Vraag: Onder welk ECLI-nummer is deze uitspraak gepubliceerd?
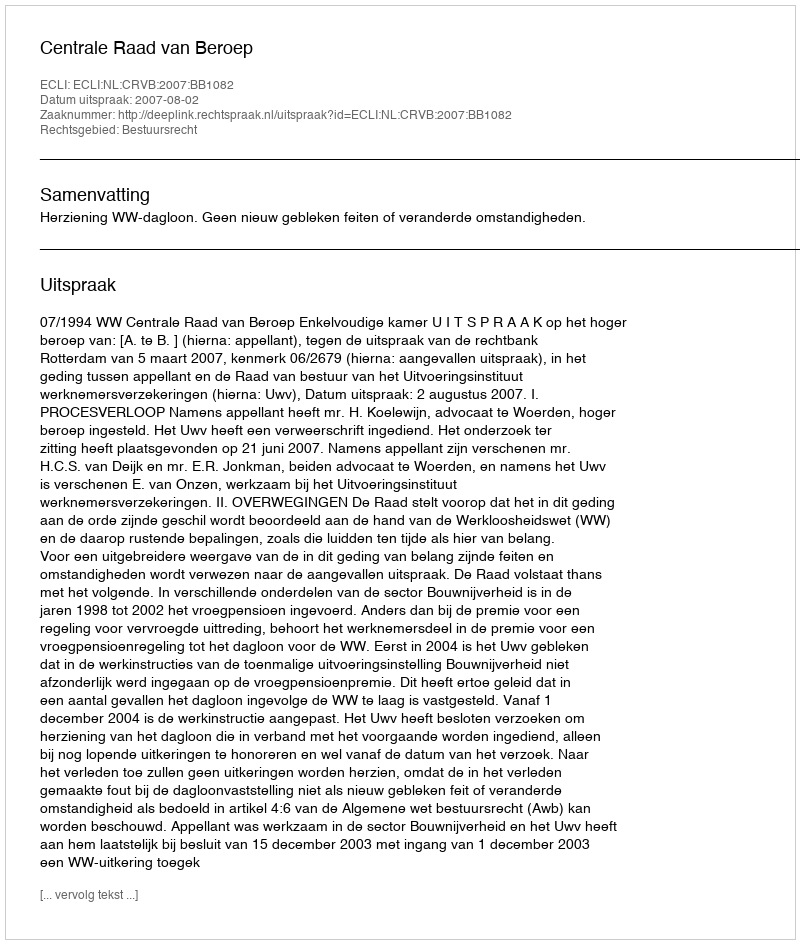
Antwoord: ECLI:NL:CRVB:2007:BB1082